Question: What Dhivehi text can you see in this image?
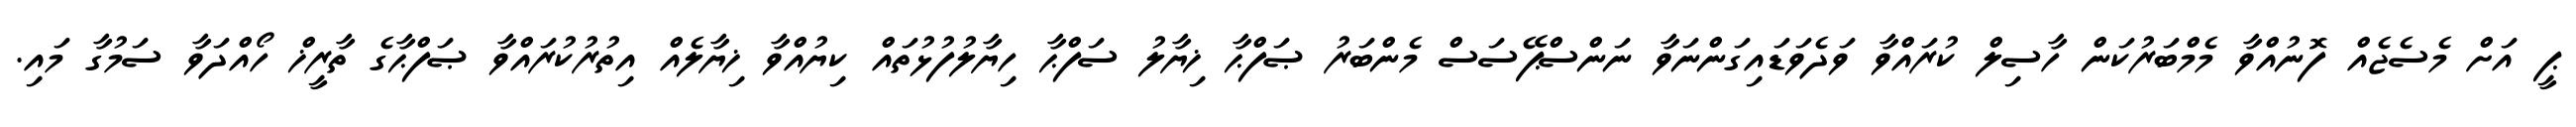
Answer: ޕީ އަށް މެސެޖެއް ފޮނުއްވާ މެމްބަރުކަން ހާސިލް ކުރައްވާ ވަދެވަޑައިގަންނަވާ ނަންސްޕޭސަސް މެންބަރު ޞަފްޙާ ޚިޔާލު ސަފްޙާ ހިޔާލުފުޅުތައް ކިޔުއްވާ ޚިޔާލެއް އިތުރުކުރައްވާ ޞަފްޙާގެ ތާރީޚް ހޯއްދަވާ ސަމުގާ މައި.